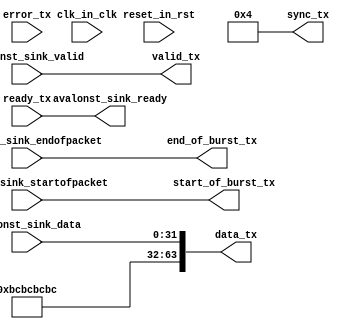
module swm_tx_adapter
  (
   input 	  clk_in_clk,
   input 	  reset_in_rst,
   
   input [31:0]   avalonst_sink_data,
   input 	  avalonst_sink_valid,
   input 	  avalonst_sink_startofpacket,
   input 	  avalonst_sink_endofpacket,
   output 	  avalonst_sink_ready,
   
   output [63:0] data_tx,
   output 	  valid_tx,
   output 	  start_of_burst_tx,
   output 	  end_of_burst_tx,
   input  [3:0]   error_tx,
   output [7:0]   sync_tx,
   input 	  ready_tx
   );

   wire [7:0] num_64b_words_per_cycle = 8'd4;

   assign data_tx[31:0] = avalonst_sink_data;
   // fill unused bits with the word alignment pattern
   assign data_tx[63:32] = 32'hbcbcbcbc;
   assign valid_tx = avalonst_sink_valid;
   assign start_of_burst_tx = avalonst_sink_startofpacket;
   assign end_of_burst_tx = avalonst_sink_endofpacket;
   assign sync_tx = num_64b_words_per_cycle;
   assign avalonst_sink_ready = ready_tx;
   
endmodule